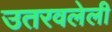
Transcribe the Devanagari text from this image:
उतरवलेली